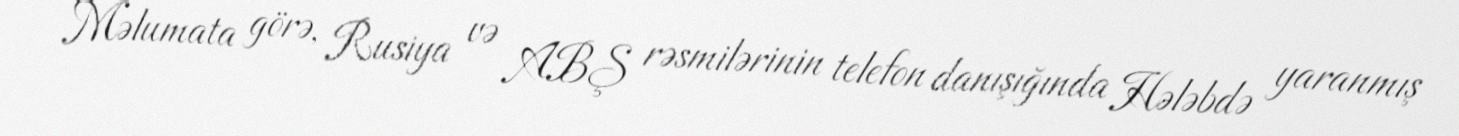
Məlumata görə, Rusiya və ABŞ rəsmilərinin telefon danışığında Hələbdə yaranmış